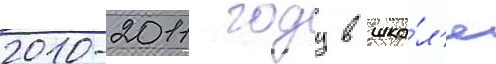
2010-2011 году в шко́л'е